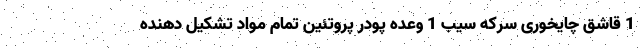
1 قاشق چایخوری سرکه سیب 1 وعده پودر پروتئین تمام مواد تشکیل دهنده